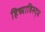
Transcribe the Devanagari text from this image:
हिच्याविरुद्ध